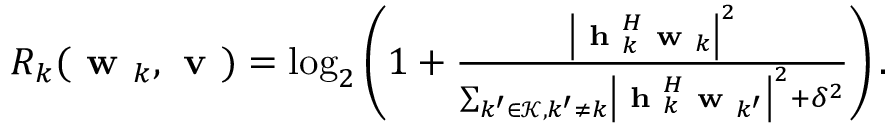
\begin{array} { r } { R _ { k } ( \textbf { w } _ { k } , \textbf { v } ) = \mathrm { l o g } _ { 2 } \left( 1 + \frac { \left| { \textbf { h } } _ { k } ^ { H } \textbf { w } _ { k } \right| ^ { 2 } } { \sum _ { k ^ { \prime } \in \mathcal { K } , k ^ { \prime } \ne k } \left| { \textbf { h } } _ { k } ^ { H } \textbf { w } _ { k ^ { \prime } } \right| ^ { 2 } + \delta ^ { 2 } } \right) . } \end{array}